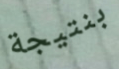
بنتيجة